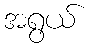
အရွယ်